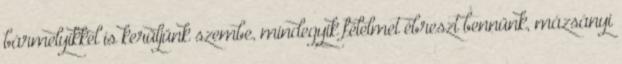
bármelyikkel is kerüljünk szembe, mindegyik félelmet ébreszt bennünk, mázsányi